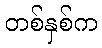
တစ်နှစ်က